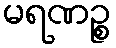
မရဏဉ္စ